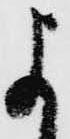
よ